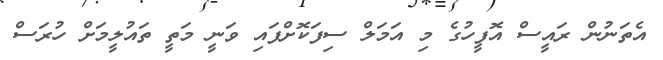
އެތަނުން ރައީސް އޮފީހުގެ މި އަމަލް ސިފަކޮށްފައި ވަނީ މަތީ ތައުލީމަށް ހުރަސް